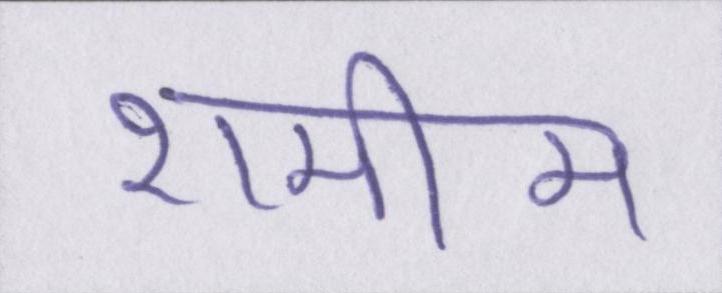
शमीम